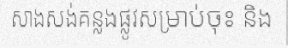
សាងសង់គន្លងផ្លូវសម្រាប់ចុះ និង